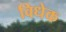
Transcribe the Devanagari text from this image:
विधेक